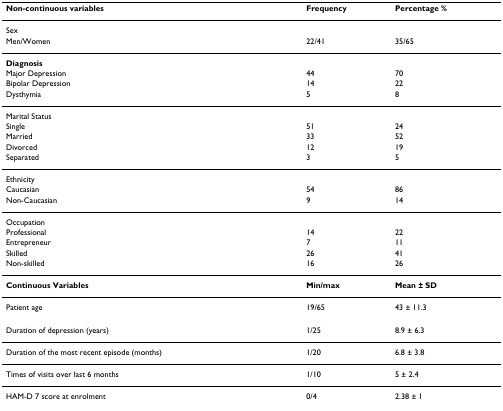
<table><thead><tr><td><b>Non-continuous variables</b></td><td><b>Frequency</b></td><td><b>Percentage %</b></td></tr></thead><tbody><tr><td>Sex</td><td></td><td></td></tr><tr><td>Men/Women</td><td>22/41</td><td>35/65</td></tr><tr><td><b>Diagnosis</b></td><td></td><td></td></tr><tr><td>Major Depression</td><td>44</td><td>70</td></tr><tr><td>Bipolar Depression</td><td>14</td><td>22</td></tr><tr><td>Dysthymia</td><td>5</td><td>8</td></tr><tr><td>Marital Status</td><td></td><td></td></tr><tr><td>Single</td><td>51</td><td>24</td></tr><tr><td>Married</td><td>33</td><td>52</td></tr><tr><td>Divorced</td><td>12</td><td>19</td></tr><tr><td>Separated</td><td>3</td><td>5</td></tr><tr><td>Ethnicity</td><td></td><td></td></tr><tr><td>Caucasian</td><td>54</td><td>86</td></tr><tr><td>Non-Caucasian</td><td>9</td><td>14</td></tr><tr><td>Occupation</td><td></td><td></td></tr><tr><td>Professional</td><td>14</td><td>22</td></tr><tr><td>Entrepreneur</td><td>7</td><td>11</td></tr><tr><td>Skilled</td><td>26</td><td>41</td></tr><tr><td>Non-skilled</td><td>16</td><td>26</td></tr><tr><td><b>Continuous Variables</b></td><td><b>Min/max</b></td><td><b>Mean ± SD</b></td></tr><tr><td>Patient age</td><td>19/65</td><td>43 ± 11.3</td></tr><tr><td>Duration of depression (years)</td><td>1/25</td><td>8.9 ± 6.3</td></tr><tr><td>Duration of the most recent episode (months)</td><td>1/20</td><td>6.8 ± 3.8</td></tr><tr><td>Times of visits over last 6 months</td><td>1/10</td><td>5 ± 2.4</td></tr><tr><td>HAM-D 7 score at enrolment</td><td>0/4</td><td>2.38 ± 1</td></tr></tbody></table>